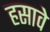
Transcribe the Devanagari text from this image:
हसावे